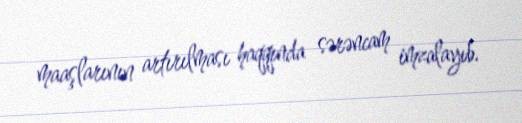
maaşlarının artırılması haqqında sərəncam imzalayıb.